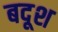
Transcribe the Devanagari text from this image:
बदूश